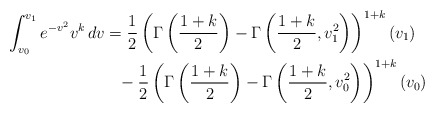
\begin{align*} \begin{aligned}\int_{v_0}^{v_1} e^{-v^2} v^k \, dv &= \frac{1}{2} \left( \Gamma\left(\frac{1+k}{2}\right)-\Gamma\left(\frac{1+k}{2},v_1^2\right)\right)^{1+k}(v_1)\\&\phantom{=}-\frac{1}{2}\left( \Gamma\left(\frac{1+k}{2}\right)-\Gamma\left(\frac{1+k}{2},v_0^2\right)\right)^{1+k}(v_0)\end{aligned}\end{align*}